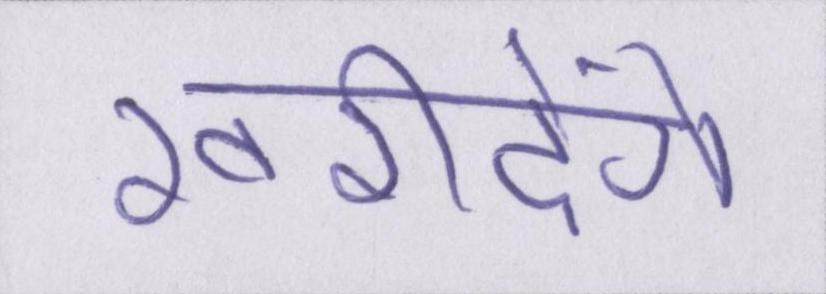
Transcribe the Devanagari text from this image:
खरीदेंगे